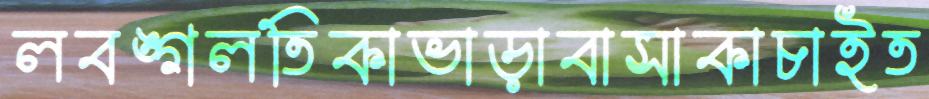
লবঙ্গলতিকাভাড়াবাসাকাচাইত